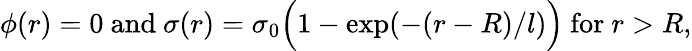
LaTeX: \phi(r)=0{\mathrm{~and~}}\sigma(r)=\sigma_{0}{\Big(}1-\exp(-(r-R)/l){\Big)}{\mathrm{~for~}}r>R,